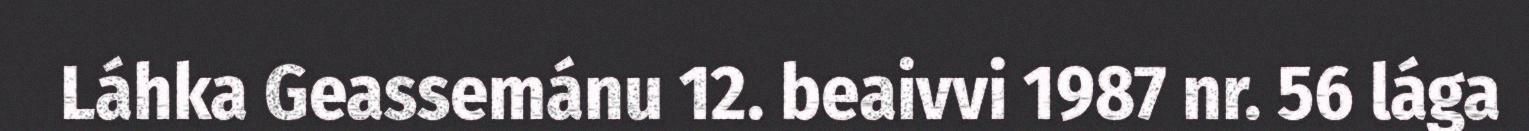
Láhka Geassemánu 12. beaivvi 1987 nr. 56 lága